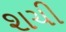
શચી